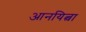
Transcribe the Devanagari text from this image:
आनयित्वा